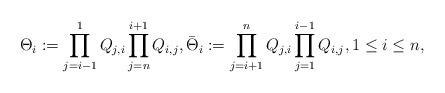
\begin{gather*}\Theta_i:=\prod_{j=i-1}^{1}Q_{j,i}\prod_{j=n}^{i+1}Q_{i,j}, \bar \Theta_{i}:= \prod_{j=i+1}^{n}Q_{j,i}\prod_{j=1}^{i-1}Q_{i,j}, 1 \le i \le n,\end{gather*}